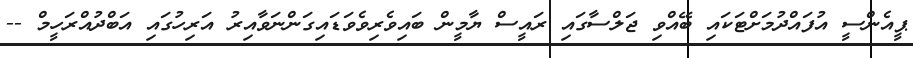
ޕީއެންސީ އުފައްދުމަށްޓަކައި ބޭއްވި ޖަލްސާގައި ރައީސް ޔާމީން ބައިވެރިވެވަޑައިގަންނަވާއިރު އަރިހުގައި އަބްދުއްރަހީމް --